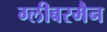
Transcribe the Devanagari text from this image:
ग्लीबरमैन